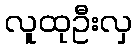
လူထုဦးလှ